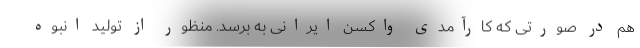
هم در صورتی که کارآمدی واکسن ایرانی به برسد. منظور از تولید انبوه